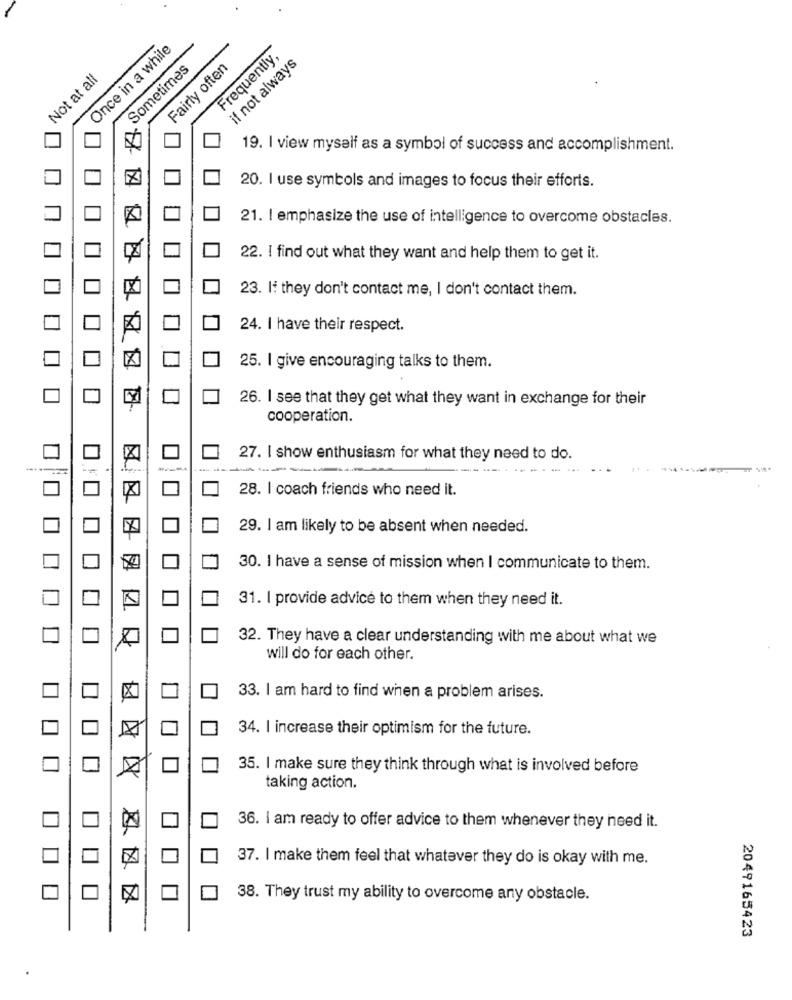
Once in a while
Frequently,
if not always
Sometimes
Fairly often
Not at all
19. I view myself as a symbol of success and accomplishment.
20. I use symbols and images to focus their efforts.
21. I emphasize the use of intelligence to overcome obstacles.
22. I find out what they want and help them to get it.
23. If they don't contact me, I don't contact them.
24. I have their respect.
25. I give encouraging talks to them.
26. I see that they get what they want in exchange for their
cooperation.
27. I show enthusiasm for what they need to do.
- .
28. I coach friends who need it.
29. I am likely to be absent when needed.
30. I have a sense of mission when I communicate to them.
31. I provide advice to them when they need it.
32. They have a clear understanding with me about what we
will do for each other.
33. I am hard to find when a problem arises.
34. I increase their optimism for the future.
35. I make sure they think through what is involved before
taking action.
36. I am ready to offer advice to them whenever they need it.
37. I make them feel that whatever they do is okay with me.
38. They trust my ability to overcome any obstacle.
2049165423